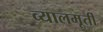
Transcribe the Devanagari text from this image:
व्यालमूर्ती